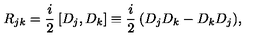
R _ { j k } = \frac { i } { 2 } \: [ D _ { j } , D _ { k } ] \equiv \frac { i } { 2 } \: ( D _ { j } D _ { k } - D _ { k } D _ { j } ) ,